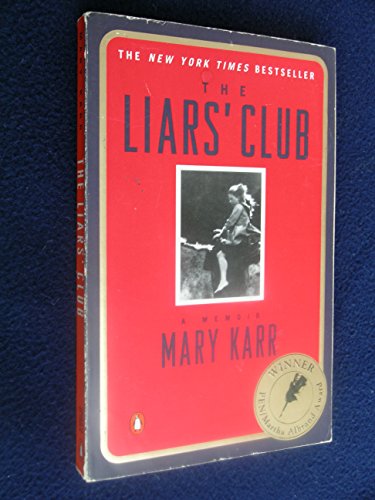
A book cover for The Liars' Club: A Memoir; Mary Karr; Biographies & Memoirs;